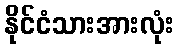
နိုင်ငံသားအားလုံး